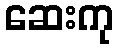
ဆေးကု